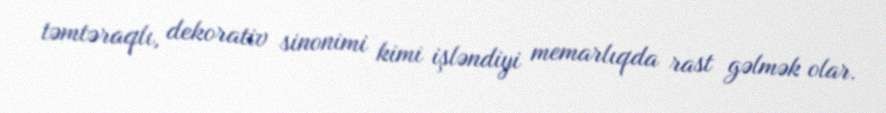
təmtəraqlı, dekorativ sinonimi kimi işləndiyi memarlıqda rast gəlmək olar.